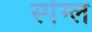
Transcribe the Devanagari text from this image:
स्पेंग्ल